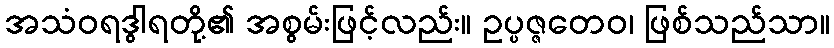
အသံဝရဒွါရတို့၏ အစွမ်းဖြင့်လည်း။ ဥပ္ပဇ္ဇတေဝ၊ ဖြစ်သည်သာ။